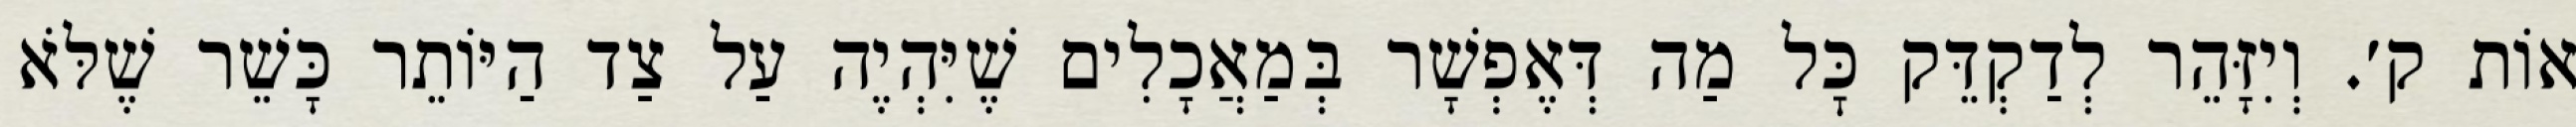
אוֹת ק׳. וְיִזָּהֵר לְדַקְדֵּק כׇּל מַה דְּאֶפְשָׁר בְּמַאֲכָלִים שֶׁיִּהְיֶה עַל צַד הַיּוֹתֵר כָּשֵׁר שֶׁלֹּא